Papers set at the Examination for Leaving Certificates, 1891
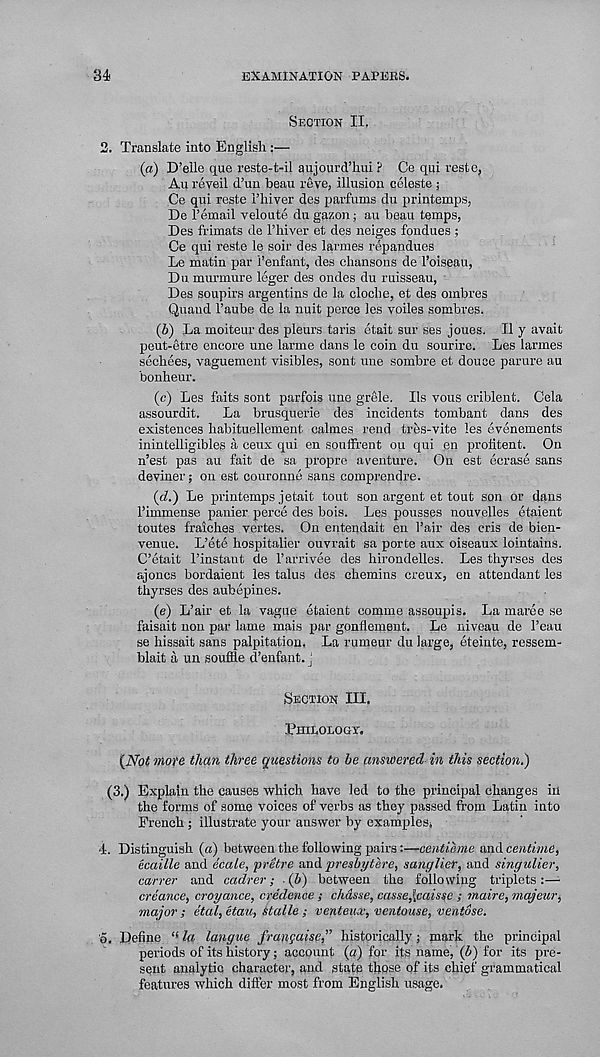
34
EXAMINATION PAPEES.
Section II.
2. Translate into English :—
(a) D’eile que reste-t-il aujourd’hui ? Ce qui reste,
An reveil d’un beau reve, illusion celeste ;
Ce qui reste I’hiver des parfums du printemps,
De I’email veloute du gazon; au beau temps,
Des frimats de I’hiver et des neiges fondues ;
Ce qui reste le soir des larmes repandues
Le matin par i’enfant, des chansons de I’oiseau,
Du murmure leger des ondes du ruisseau,
Des soupirs argentins de la cloche, et des ombres
Quaud I’aube de la nuit perce les voiles sombres.
(b) La moiteur des pleurs taris etait sur ses joues. II y avait
peut-etre encore une larme dans le coin du sourire. Les larmes
sechees, vaguement visibles, sont une sombre et douce parure au
bonheur.
(c) Les faits sont parfois une grele. Ils vous criblent. Cela
assourdit. La brusquerie des incidents tombant dans des
existences habituellement ealmes rend tres-vite les evenements
inintelligibles a ceux qui en souffrent ou qui en protitent. On
n’est pas au fait de sa propre aventure. On est ecrase sans
deviner; on est couronne sans comprendre.
(df.) Le printemps jetait tout son argent et tout son or dans
I’immense panier perce des bois. Les pousses nouvelles etaient
toutes fraiches vertes. On entendait en Pair des cris de bien-
venue. L’ete hospitalier ouvrait sa porte aux oiseaux lointains.
C’etait I’instant de Parrivee des hirondelles. Les thyrses des
ajoncs bordaient les talus des chemins creux, en attendant les
thyrses des aubepines.
(e) L’air et la vague etaient comine assoupis. La maree se
faisait non par lame mais par gonflement. Le niveau de 1’eau
se hissait sans palpitation. La rumeur du large, eteinte, ressem-
blait a un souffle d’enfant. J
Section III.
Philology.
(Not mote than three questions to be answered in this section.)
(3.) Explain the causes which have led to the principal changes in
the forms of some voices of verbs as they passed from Latin into
French ; illustrate your answer by examples.
4. Distinguish («) between the following pairs:—centieme and centime,
ecaille and ecale, pretre and presbytere, sang Her, and singulier,
carver and cadrer; (b) between the following triplets:—
creance, croyance, credence ; chdsse, casse,\caisse ; maire, majeur,
major; etal, etau, Stalle ; venteux, ventouse, ventose.
5. Define “ la langue frangaise,” historically; mark the principal
periods of its history; account (a) for its name, (d) for its pre-
sent analytic character, and state those of its chief grammatical
features which differ most from English usage.